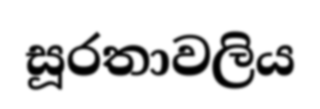
සූරතාවලිය